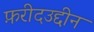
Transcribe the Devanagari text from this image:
फ़रीदउद्दीन